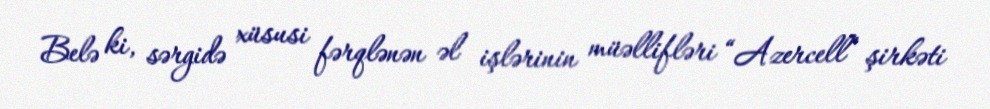
Belə ki, sərgidə xüsusi fərqlənən əl işlərinin müəllifləri “Azercell” şirkəti